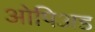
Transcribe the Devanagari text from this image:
ओपिअड